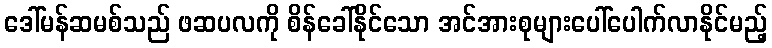
ဒေါ်မန်ဆမစ်သည် ဖဆပလကို စိန်ခေါ်နိုင်သော အင်အားစုများပေါ်ပေါက်လာနိုင်မည့်